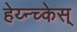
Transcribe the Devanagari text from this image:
हेय्न्च्केस्